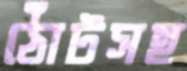
ঠোঁটসহ